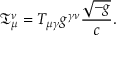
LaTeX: { \mathfrak { T } } _ { \mu } ^ { \nu } = T _ { \mu \gamma } g ^ { \gamma \nu } { \frac { \sqrt { - g } } { c } } .